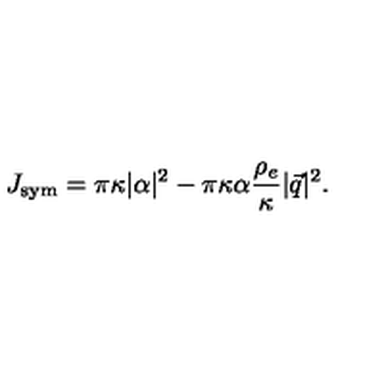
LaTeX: J _ { \mathrm { s y m } } = \pi \kappa | \alpha | ^ { 2 } - \pi \kappa \alpha \frac { \rho _ { e } } { \kappa } | \vec { q } | ^ { 2 } .